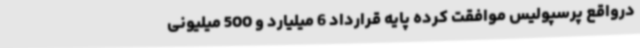
درواقع پرسپولیس‌ موافقت کرده پایه قرارداد 6 میلیارد و 500 میلیونی